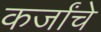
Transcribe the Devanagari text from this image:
कर्जांचे